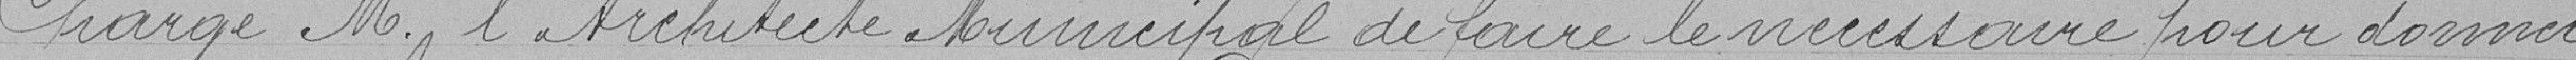
Charge M. L'Architecte Municipal de faire le nécessaire pour donner